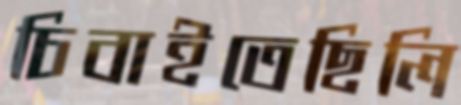
চিবাইতেছিলি